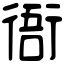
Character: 衙